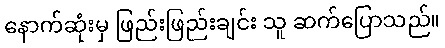
နောက်ဆုံးမှ ဖြည်းဖြည်းချင်း သူ ဆက်ပြောသည်။